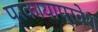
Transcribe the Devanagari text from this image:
परकायाप्रवेश